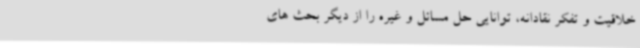
خلاقیت و تفکر نقادانه، توانایی حل مسائل و غیره را از دیگر بحث های